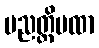
ပညတ္တိပထာ